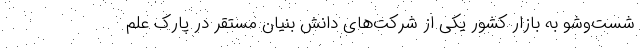
شست‌وشو به بازار کشور یکی از شرکت‌های دانش بنیان مستقر در پارک علم